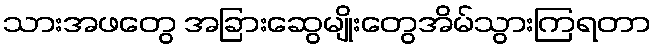
သားအဖတွေ အခြားဆွေမျိုးတွေအိမ်သွားကြရတာ